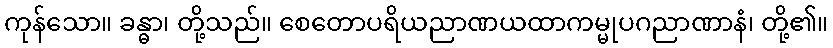
ကုန်သော။ ခန္ဓာ၊ တို့သည်။ စေတောပရိယညာဏယထာကမ္မုပဂညာဏာနံ၊ တို့၏။